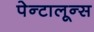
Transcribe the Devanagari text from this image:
पेन्टालून्स